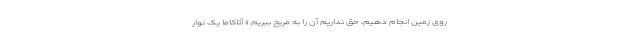
روی زمین انجام دهیم، حق نداریم آن را به مریخ ببریم.» آتاکاما یک نوار